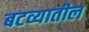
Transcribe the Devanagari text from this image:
बटव्यातील